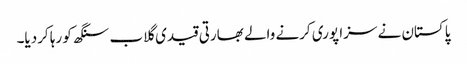
پاکستان نے سزا پوری کرنے والے بھارتی قیدی گلاب سنگھ کو رہا کردیا۔